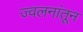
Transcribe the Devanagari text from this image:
ज्वलनांतून